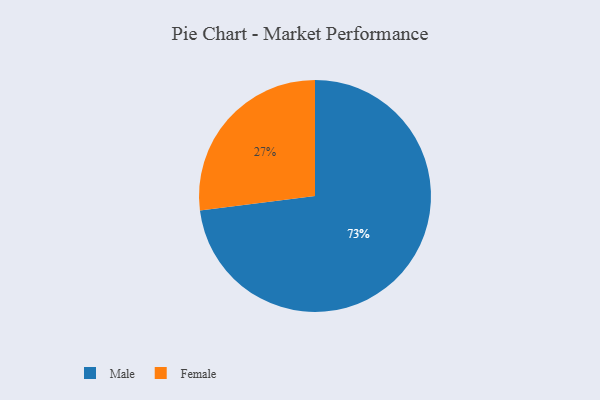
{"axis": {"x": "Category", "y": "Percentage"}, "legend": ["Female", "Male"], "data": [{"x": "Female", "y": 27, "type": "Female"}, {"x": "Male", "y": 73, "type": "Male"}]}